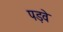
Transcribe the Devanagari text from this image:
पड़वे